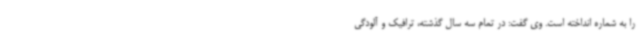
را به شماره انداخته است. وی گفت: در تمام سه سال گذشته، ترافیک و آلودگی